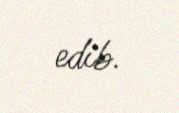
edib.